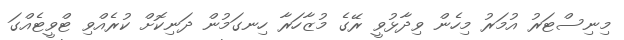
މިނިސްޓަރު އުމަރު މިހެން ވިދާޅުވީ ރޭގެ މުޒާހަރާ ހިނގަމުން ދަނިކޮށް ކުރެއްވި ޓްވީޓެއްގަ